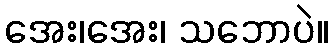
အေး၊အေး၊ သဘောပဲ။